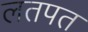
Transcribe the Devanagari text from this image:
लतपत